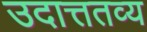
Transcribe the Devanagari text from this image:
उदात्ततव्य